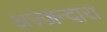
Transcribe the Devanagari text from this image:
अज़्ज़न्दारा